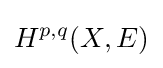
H^{p,q}(X,E)